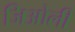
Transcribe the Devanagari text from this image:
जिओली